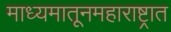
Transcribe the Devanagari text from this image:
माध्यमातूनमहाराष्ट्रात